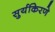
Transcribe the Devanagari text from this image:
सुर्यकिरणे